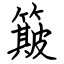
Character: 簸